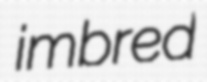
imbred